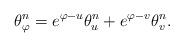
LaTeX: \begin{align*}\theta^{n}_{\varphi} = e^{\varphi - u}\theta^{n}_{u} + e^{\varphi - v}\theta^{n}_{v}.\end{align*}